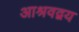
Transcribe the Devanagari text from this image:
आश्रवद्वय